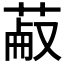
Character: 𦳋